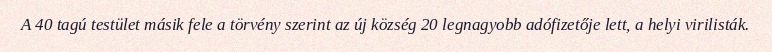
A 40 tagú testület másik fele a törvény szerint az új község 20 legnagyobb adófizetője lett, a helyi virilisták.